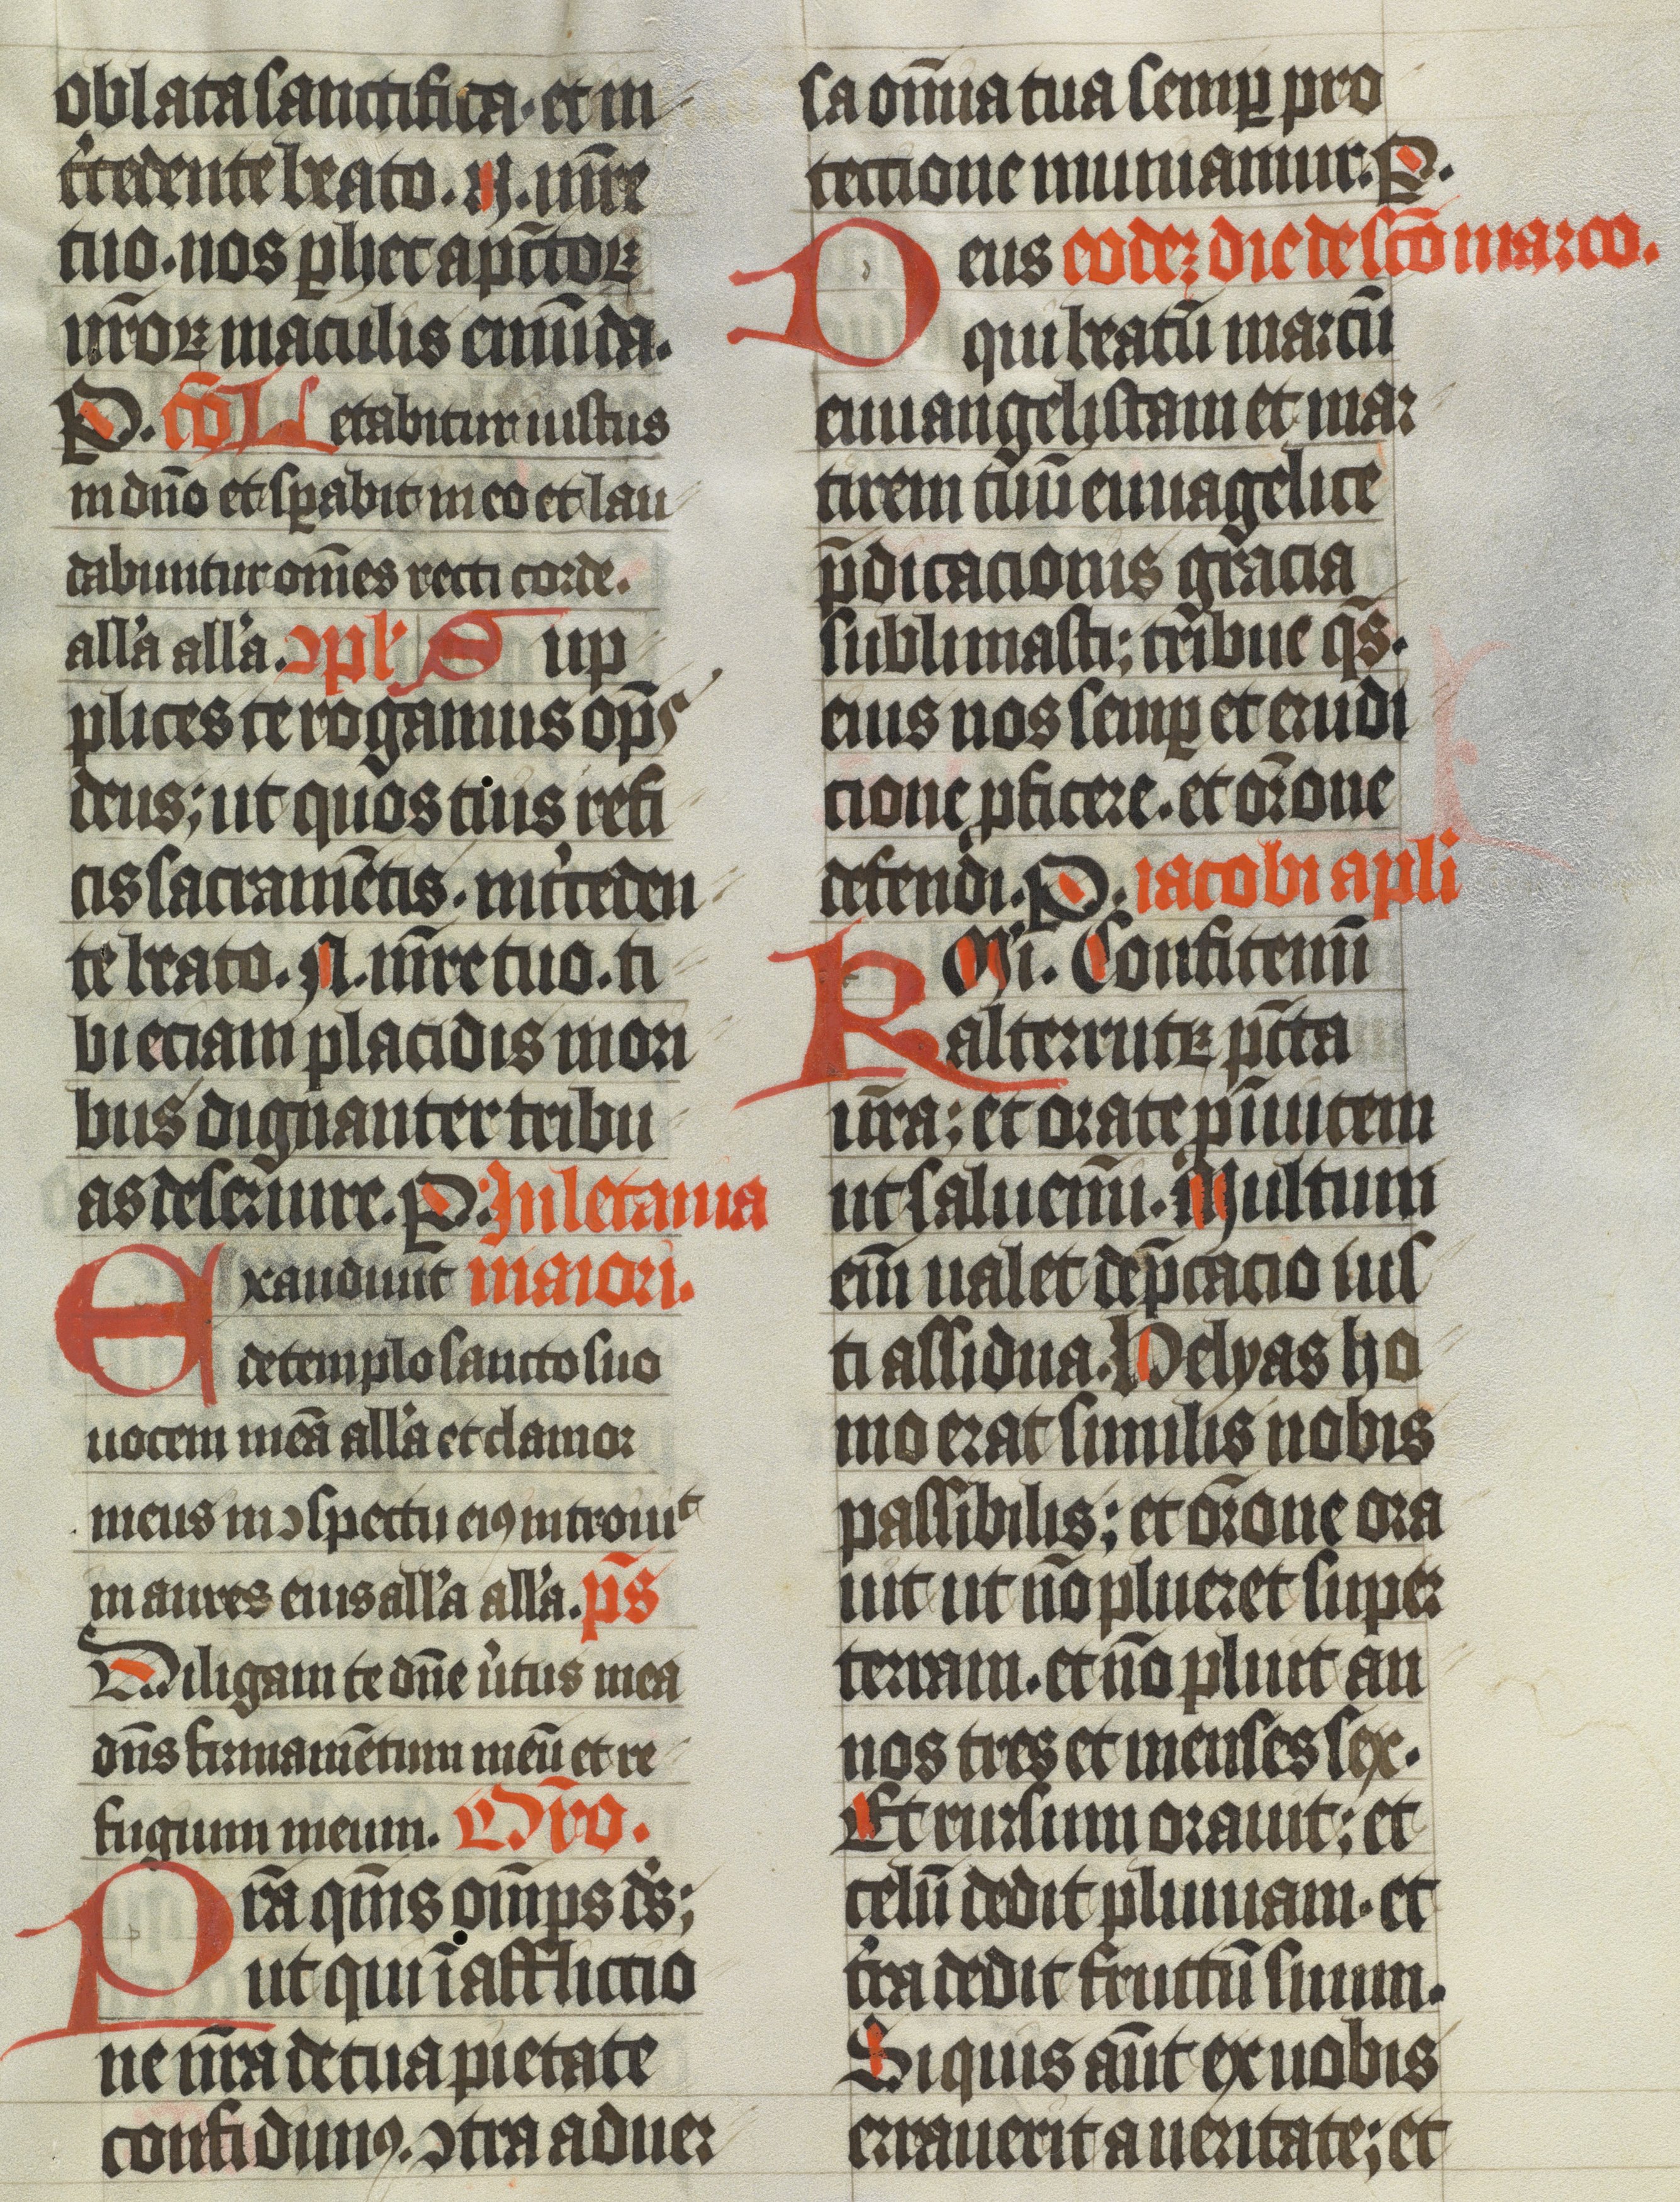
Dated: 1400–1499